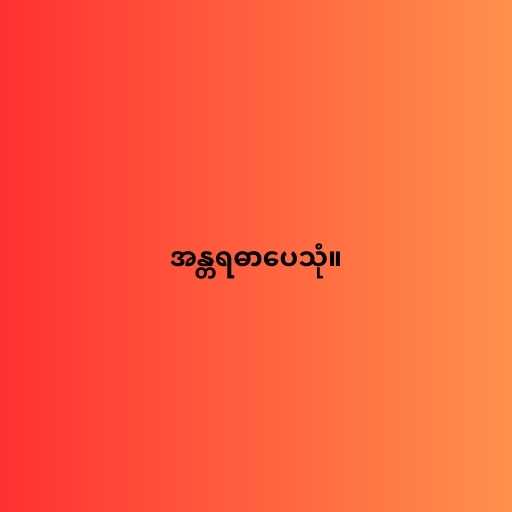
အန္တရဓာပေသုံ။